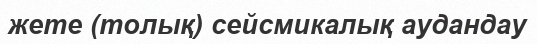
жете (толық) сейсмикалық аудандау